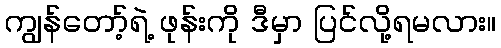
ကျွန်တော့်ရဲ့ ဖုန်းကို ဒီမှာ ပြင်လို့ရမလား။